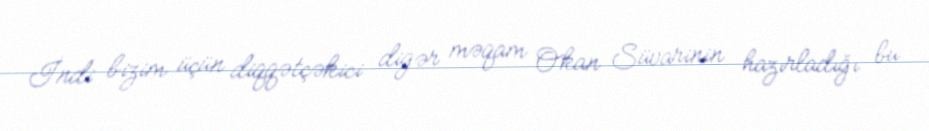
İndi bizim üçün diqqətçəkici digər məqam Okan Süvarinin hazırladığı bu